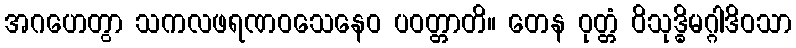
အဂဟေတွာ သကလဖရဏဝသေနေဝ ပဝတ္တာတိ။ တေန ဝုတ္တံ ဝိသုဒ္ဓိမဂ္ဂါဒိဝသာ